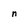
Character: n